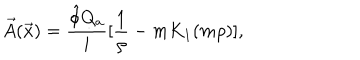
LaTeX: \vec { A } ( \vec { x } ) = \frac { \hat { \phi } Q _ { a } } { i } [ \frac { 1 } { \rho } - m K _ { 1 } ( m \rho ) ] ,